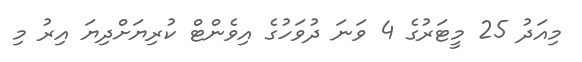
މިއަދު 25 މީޓަރުގެ 4 ވަނަ ދުވަހުގެ އިވެންޓް ކުރިޔަށްދިޔަ އިރު މި